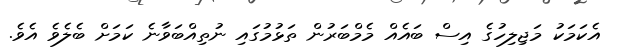
އެކަމަކު މަޖިލިހުގެ އިސް ބައެއް މެމްބަރުން ތަޅުމުގައި ނުތިއްބަވާނެ ކަމަށް ބެލެވެ އެވެ.